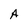
Character: A